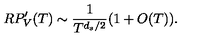
R P _ { V } ^ { \prime } ( T ) \sim \frac { 1 } { T ^ { d _ { s } / 2 } } ( 1 + O ( T ) ) .